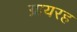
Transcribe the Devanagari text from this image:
ग्रायरह